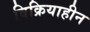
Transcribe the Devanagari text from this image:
विक्रियाहीन